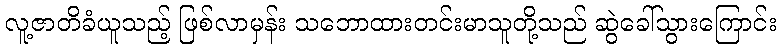
လူ့ဇာတိခံယူသည့် ဖြစ်လာမှန်း သဘောထားတင်းမာသူတို့သည် ဆွဲခေါ်သွားကြောင်း